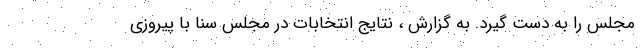
مجلس را به دست گیرد. به گزارش ، نتایج انتخابات در مجلس سنا با پیروزی